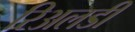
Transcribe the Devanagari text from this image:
रिअलडी